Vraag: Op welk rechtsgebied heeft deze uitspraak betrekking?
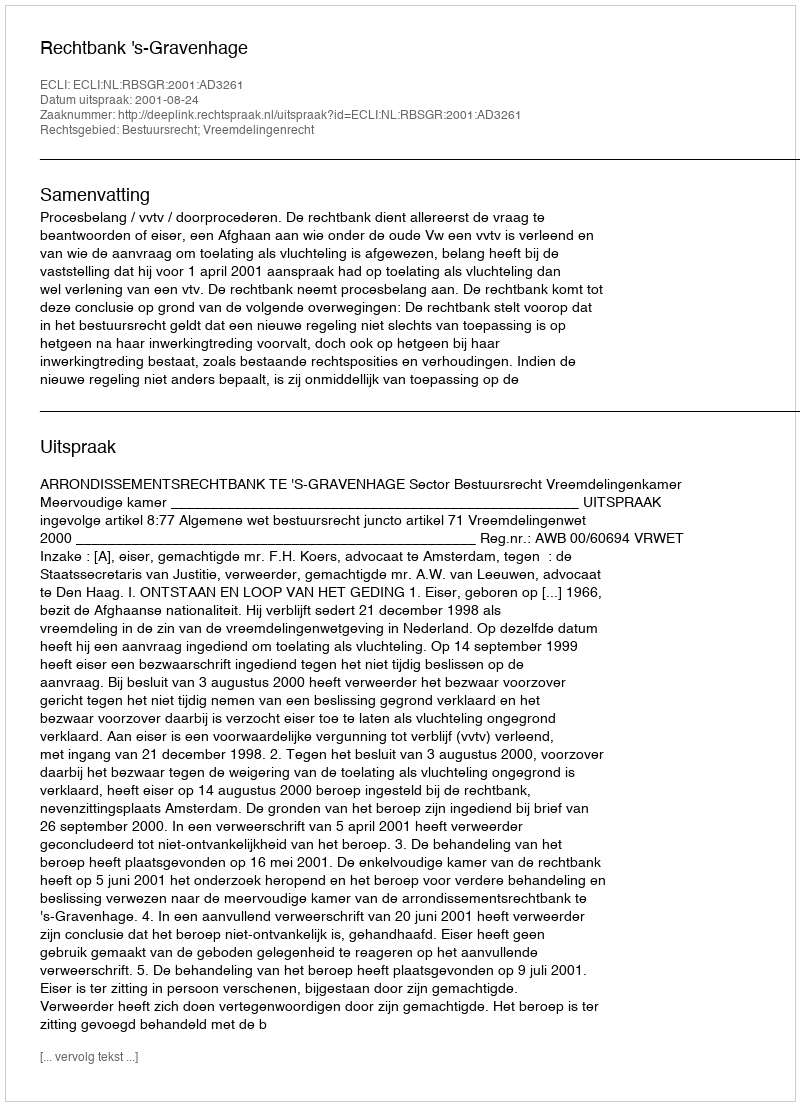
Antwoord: Bestuursrecht; Vreemdelingenrecht